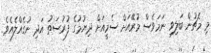
މި މެޗުން ބަލިވި ނަމަވެސް މުރޭއަށް ސެމީއަށް ދިޔުމުގެ ފުރުސަތު އަދި ނުގެއްލެއެވެ.